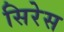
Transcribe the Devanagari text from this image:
सिरेस